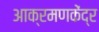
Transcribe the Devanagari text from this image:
आक्रमणकेंद्र